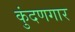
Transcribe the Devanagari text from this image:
कुंदणगार